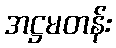
အဋ္ဌမတန်း